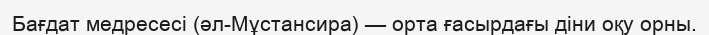
Бағдат медресесі (әл-Мұстансира) — орта ғасырдағы діни оқу орны.